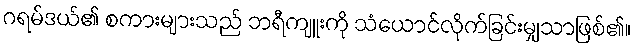
ဂရမ်ဒယ်၏ စကားများသည် ဘရီကျူးကို သံယောင်လိုက်ခြင်းမျှသာဖြစ်၏။